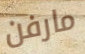
مارفن